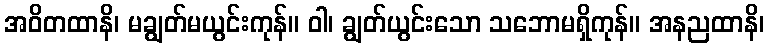
အဝိတထာနိ၊ မချွတ်မယွင်းကုန်။ ဝါ၊ ချွတ်ယွင်းသော သဘောမရှိကုန်။ အနညထာနိ၊